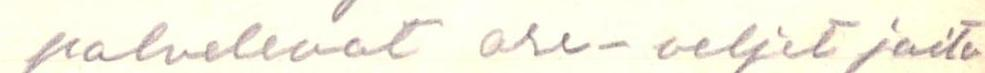
palvelevat ase-veljet joita